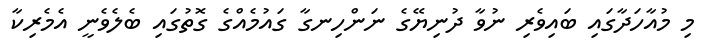
މި މުއާހަދާގައި ބައިވެރި ނުވާ ދުނިޔޭގެ ނަންހިނގާ ގައުމެއްގެ ގޮތުގައި ބެލެވެނީ އެމެރިކާ